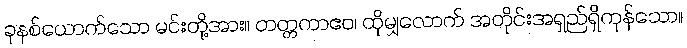
ခုနစ်ယောက်သော မင်းတို့အား။ တတ္တကာဧဝ၊ ထိုမျှလောက် အတိုင်းအရှည်ရှိကုန်သော။